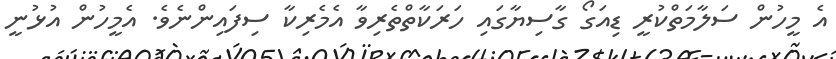
އެ މީހުން ސަލާމަތްކުރީ ޑިއަގޯ ގާސިޔާގައި ހަރަކާތްތެރިވާ އެމެރިކާ ސިފައިންނެވެ. އެމީހުން އުޅުނީ